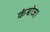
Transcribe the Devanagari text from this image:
कंबोज।